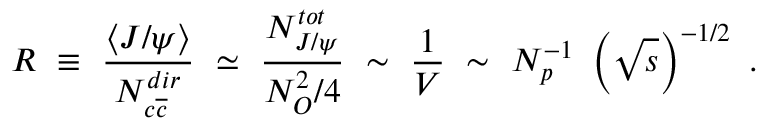
R ~ \equiv ~ \frac { \langle J / \psi \rangle } { N _ { c \overline { { { c } } } } ^ { d i r } } ~ \simeq ~ \frac { N _ { J / \psi } ^ { t o t } } { N _ { O } ^ { 2 } / 4 } ~ \sim ~ \frac { 1 } { V } ~ \sim ~ N _ { p } ^ { - 1 } ~ \left( \sqrt { s } \right) ^ { - 1 / 2 } ~ .